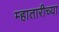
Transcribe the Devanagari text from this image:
म्हातारीच्या